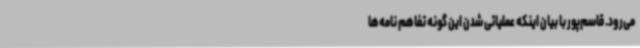
می‌رود. قاسم‌پور با بیان اینکه عملیاتی شدن این گونه تفاهم نامه‌ها